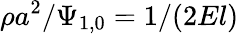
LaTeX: \rho{a}^{2}/\Psi_{1,0}=1/(2El)